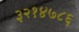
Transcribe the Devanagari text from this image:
३२१४७८६